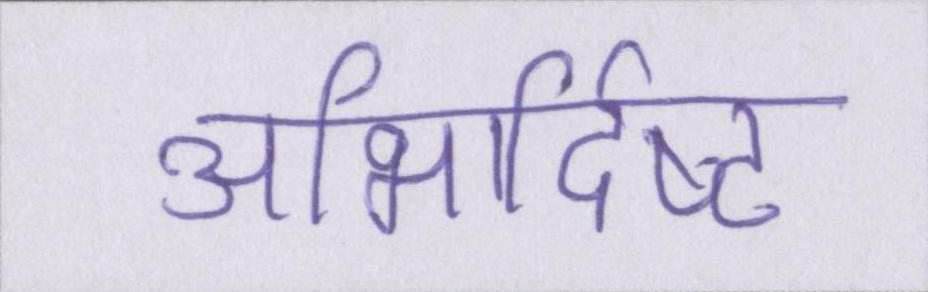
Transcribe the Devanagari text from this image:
अभिर्दिष्ट